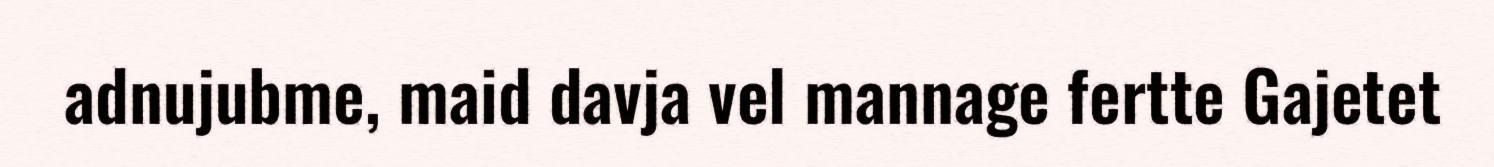
adnujubme, maid davja vel mannage fertte Gajetet